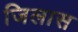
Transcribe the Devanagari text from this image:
जिलास